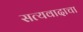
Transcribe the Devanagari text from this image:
सत्यवादाचा